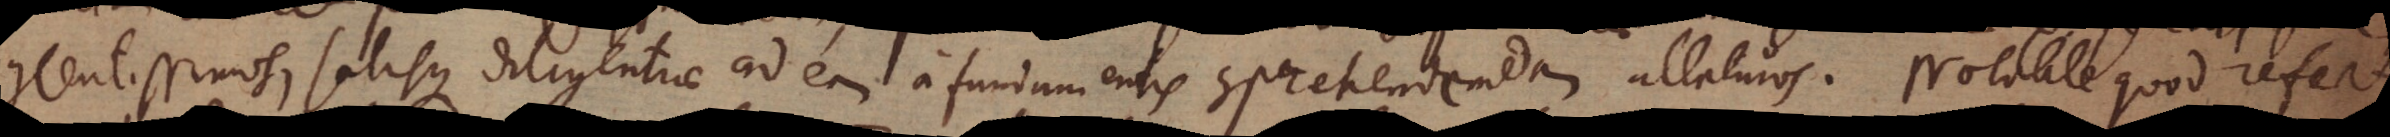
contentissimos, satisque diligentiae ad eam a fundamentis comprehendendam allaturos. Notabile quod refert